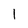
Character: l